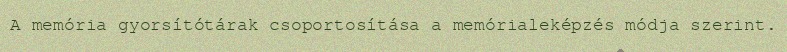
A memória gyorsítótárak csoportosítása a memórialeképzés módja szerint.